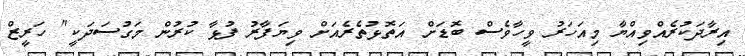
އިރާދަކުރެއްވިއްޔާ މިއަހަރު ވީހާވެސް ބޮޑަށް އަތޮޅުތެރެއަށް ވިޔަފާރު ފުޅާ ކުރުން މަގުސަދަކީ" ހަރީޒް